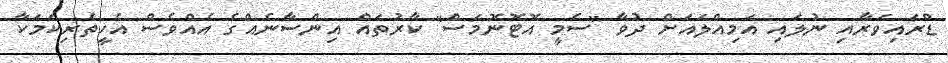
ޑްރައިވަރާއި ނުލައި އަމިއްލައަށް ދުވާ "ސެމީ އޮޓޮނޮމަސް" ކާރުތައް އިންސާނެއްގެ އެއްވެސް އެހީތެރިކަމަކާ